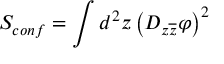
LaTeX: S _ { c o n f } = \int d ^ { 2 } z \left( D _ { z \overline { { { z } } } } \varphi \right) ^ { 2 }